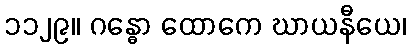
၁၁၂၉။ ဂန္ဓော ထောကေ ဃာယနီယေ၊